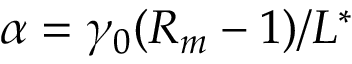
\alpha = \gamma _ { 0 } ( R _ { m } - 1 ) / L ^ { * }